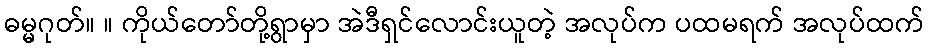
ဓမ္မဂုတ်။ ။ ကိုယ်တော်တို့ရွာမှာ အဲဒီရှင်လောင်းယူတဲ့ အလုပ်က ပထမရက် အလုပ်ထက်